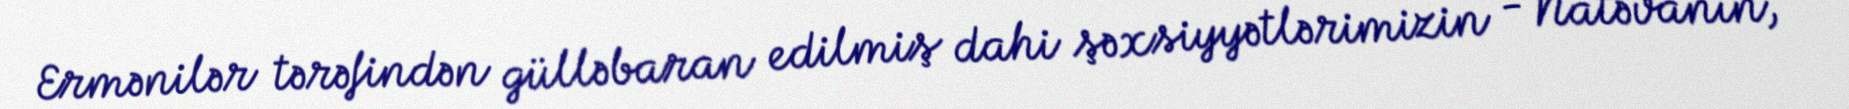
Ermənilər tərəfindən gülləbaran edilmiş dahi şəxsiyyətlərimizin - Natəvanın,